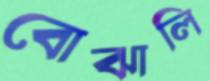
বোঝালি